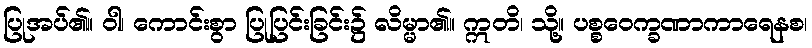
ပြုအပ်၏။ ဝါ၊ ကောင်းစွာ ပြုပြင်းခြင်း၌ လိမ္မာ၏။ ဣတိ၊ သို့။ ပစ္စဝေက္ခဏာကာရေနစ၊